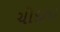
ચોદતા